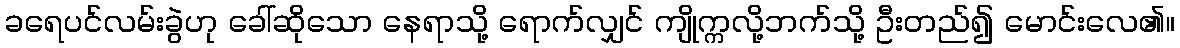
ခရေပင်လမ်းခွဲဟု ခေါ်ဆိုသော နေရာသို့ ရောက်လျှင် ကျိုက္ကလို့ဘက်သို့ ဦးတည်၍ မောင်းလေ၏။